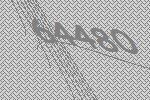
64480